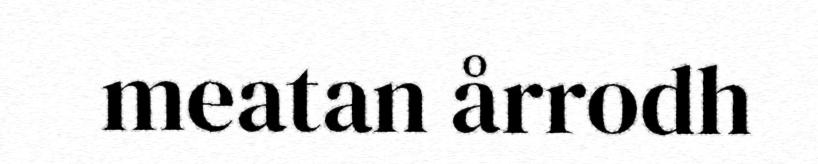
meatan årrodh